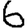
Digit: 6